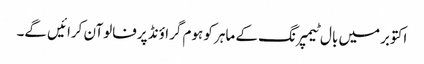
اکتوبرمیں بال ٹیمپرنگ کے ماہر کو ہوم گراؤنڈ پرفالوآن کرائیں گے۔